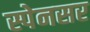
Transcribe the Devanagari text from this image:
स्पेनसर